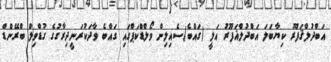
އަބްދުލްޤަފޫރު ކިޔާބަލަ އަބްދުލްޣަފޫރު އަލީ (ގައްބެ)ސެއިލިން ވޯލްޑްކަޕްގައި ގައްބެ ވާދަކުރަނީދިރާގުގެ ގުޑްވިލް ބްރޭންޑް